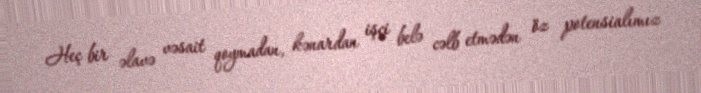
Heç bir əlavə vəsait qoymadan, kənardan işçi belə cəlb etmədən öz potensialımız